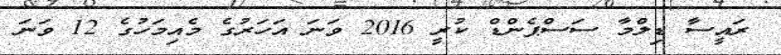
ރައީސާ ޑިލްމާ ސަސްޕެންޑް ކުރީ 2016 ވަނަ އަހަރުގެ މެއިމަހުގެ 12 ވަނަ